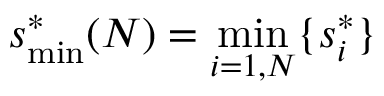
s _ { \mathrm { m i n } } ^ { * } ( N ) = \operatorname* { m i n } _ { i = 1 , N } \{ s _ { i } ^ { * } \}